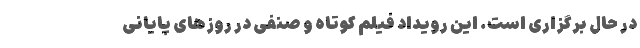
در حال برگزاری است. این رویداد فیلم کوتاه و صنفی در روزهای پایانی